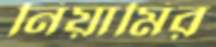
নিয়ামির